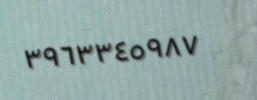
٣٩٦٣٣٤٥٩٨٧